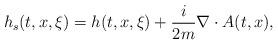
LaTeX: \begin{align*} h_s(t,x,\xi) = h(t,x,\xi) + \frac{i}{2m}\nabla\cdot A(t,x),\end{align*}